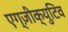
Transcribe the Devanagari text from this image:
एग्ज़ीक्युटिव